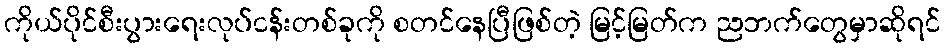
ကိုယ်ပိုင်စီးပွားရေးလုပ်ငန်းတစ်ခုကို စတင်နေပြီဖြစ်တဲ့ မြင့်မြတ်က ညဘက်တွေမှာဆိုရင်